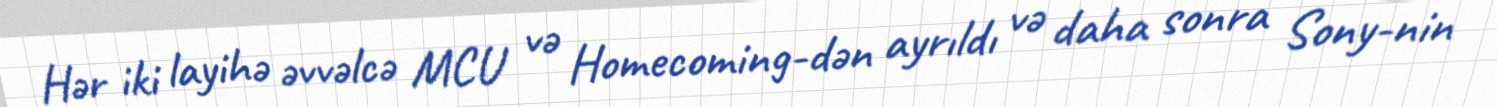
Hər iki layihə əvvəlcə MCU və Homecoming-dən ayrıldı və daha sonra Sony-nin